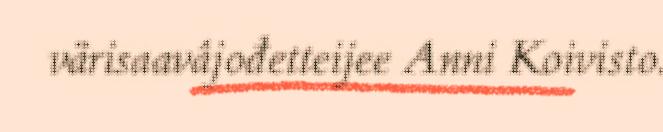
värisaavâjođetteijee Anni Koivisto.